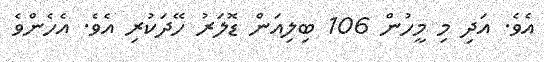
އެވެ. އަދި މި މީހުން 106 ބިލިއަން ޑޮލަރު ހޭދަކުރި އެވެ. އެހެންވެ